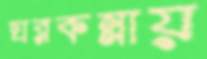
ঘরকন্নায়